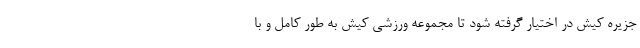
جزیره کیش در اختیار گرفته شود تا مجموعه ورزشی کیش به طور کامل و با